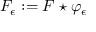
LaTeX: F _ { \epsilon } : = F \star \varphi _ { \epsilon }